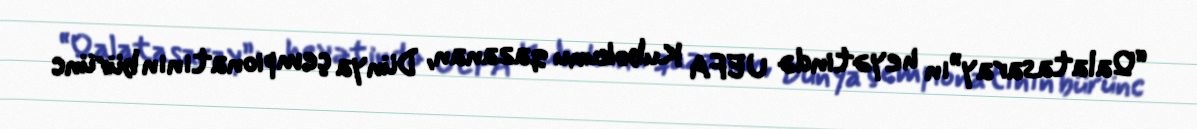
“Qalatasaray”ın heyətində UEFA Kubokunu qazanan, Dünya çempionatının bürünc